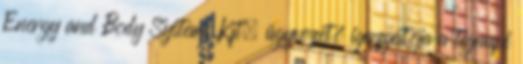
Energy and Body Systems Kft. ügyvezető igazgatója a tegnapi